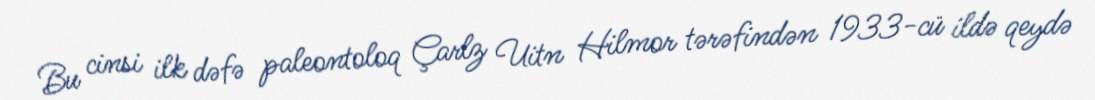
Bu cinsi ilk dəfə paleontoloq Çarlz Uitn Hilmor tərəfindən 1933-cü ildə qeydə